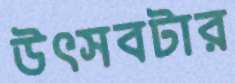
উৎসবটার